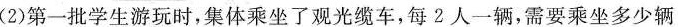
少人?(2)第一批学生游玩时，集体乘坐了观光缆车，每2人一辆，需要乘坐多少辆